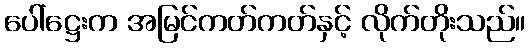
ပေါ်ဋ္ဌေးက အမြင်ကတ်ကတ်နှင့် လိုက်တိုးသည်။